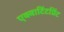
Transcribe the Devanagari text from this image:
एक्वाटिंटप्रिंट